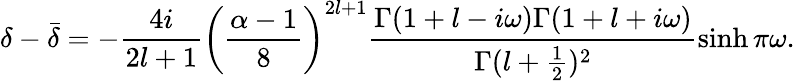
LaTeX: \delta-\bar{\delta}=-\frac{4i}{2l+1}\left(\frac{\alpha-1}{8}\right)^{2l+1}\frac{\Gamma(1+l-i\omega)\Gamma(1+l+i\omega)}{\Gamma(l+\frac{1}{2})^{2}}\sinh\pi\omega.